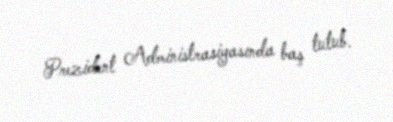
Prezident Administrasiyasında baş tutub.